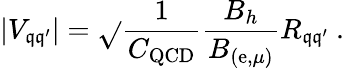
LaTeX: |V_{\mathfrak{q}\mathfrak{q}^{\prime}}|=\sqrt{}{{\frac{{1}}{{C_{\mathrm{{QCD}}}}}\frac{{B_{h}}}{{B_{(\mathrm{{e}},\mu)}}}R_{\mathfrak{q}\mathfrak{q}^{\prime}}}}\ .